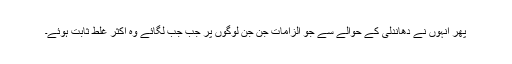
پھر اُنہوں نے دھاندلی کے حوالے سے جو الزامات جن جن لوگوں پر جب جب لگائے وہ اکثر غلط ثابت ہوئے۔